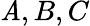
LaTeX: \mathit{A},B,C